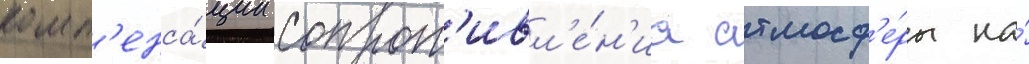
комп'енса́ции сопрот'ивл'е́н'иа атмосф'е́ры на́